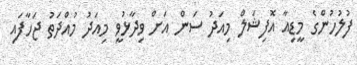
ފުލުހުންގެ މީޑިއާ އޮފިޝަލް މިއަދު ސަން އަށް ވިދާޅުވީ މިއަދު މުއްދަތު ޖަހާފައި